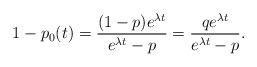
LaTeX: \begin{align*} 1-p_0(t) = \frac{(1-p)e^{\lambda t}}{e^{\lambda t}-p} = \frac{qe^{\lambda t}}{e^{\lambda t}-p}.\end{align*}